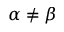
\alpha \neq \beta